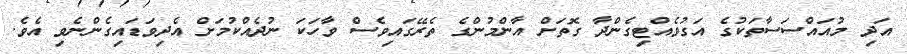
އަދި މުއައްސަސާތަކުގެ އަގުވެއްޓިގެންދާ ގޮތަށް އާންމުންގެ ތެރޭގައިވެސް ވާހަކަ ނުދެއްކުމަށް އެދިވަޑައިގެންނެވި އެވެ.